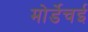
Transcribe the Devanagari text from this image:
मोर्डेचई